Lunatic asylums Central Provinces reports 1895-1909 - 1895-1909
Year: 1895
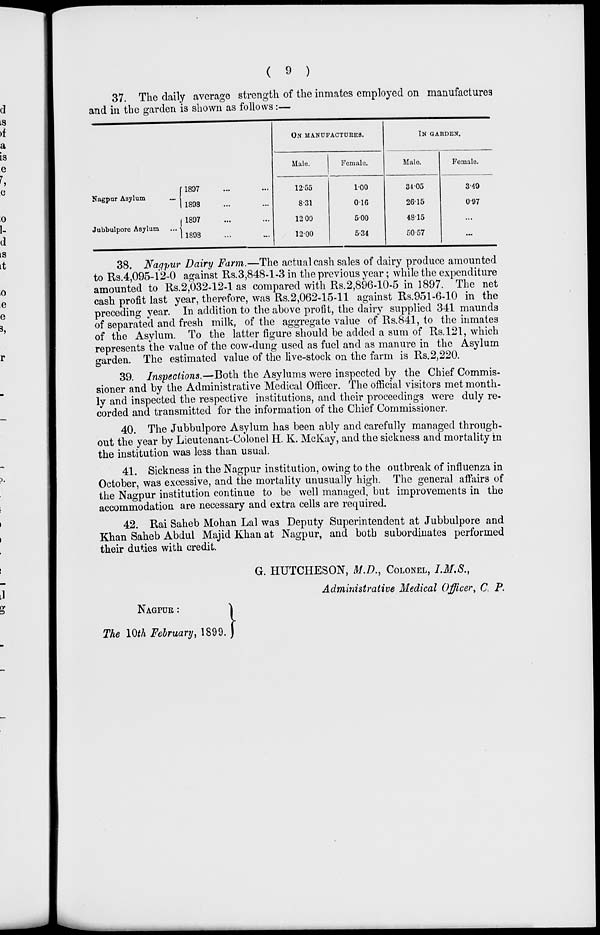
( 9 )
37. The daily average strength of the inmates employed on manufactures
and in the garden is shown as follows:—
Nagpur Asylum ...
Jubbulpore Asylum ...
1897 ... ...
1898 ... ...
1897 ... ...
1898 ... ...
ON MANUFACTURES.
Male.
12.55
8.31
12.00
12.00
Female.
1.00
0.16
5.00
5.34
IN GARDEN.
Male.
34.05
26.15
48.15
50.57
Female.
3.49
0.97
...
...
38. Nagpur Dairy Farm.—The actual cash sales of dairy produce amounted
to Rs.4,095-12-0 against Rs.3,848-1-3 in the previous year; while the expenditure
amounted to Rs.2,032-12-1 as compared with Rs.2,896-10-5 in 1897. The net
cash profit last year, therefore, was Rs.2,062-15-11 against Rs.951-6-10 in the
preceding year. In addition to the above profit, the dairy supplied 341 maunds
of separated and fresh milk, of the aggregate value of Rs.841, to the inmates
of the Asylum. To the latter figure should be added a sum of Rs. 121, which
represents the value of the cow-dung used as fuel and as manure in the Asylum
garden. The estimated value of the live-stock on the farm is Rs.2,220.
39. Inspections.—Both the Asylums were inspected by the Chief Commis-
sioner and by the Administrative Medical Officer. The official visitors met month-
ly and inspected the respective institutions, and their proceedings were duly re-
corded and transmitted for the information of the Chief Commissioner.
40. The Jubbulpore Asylum has been ably and carefully managed through-
out the year by Lieutenant-Colonel H.K.McKay, and the sickness and mortality in
the institution was less than usual.
41. Sickness in the Nagpur institution, owing to the outbreak of influenza in
October, was excessive, and the mortality unusually high. The general affairs of
the Nagpur institution continue to be well managed, but improvements in the
accommodation are necessary and extra cells are required.
42. Rai Saheb Mohan Lal was Deputy Superintendent at Jubbulpore and
Khan Saheb Abdul Majid Khan at Nagpur, and both subordinates performed
their duties with credit.
NAGPUR :
The 10th February, 1899.
G. HUTCHESON, M.D., COLONEL, I.M.S.,
Administrative Medical Officer, C. P.